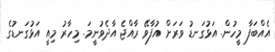
އެއްބަފާ މީހުން. އަޅުގަނޑު ވަރަށް އުފާވޭ ރާއްޖެ އާދެވުނީމަ. މިހާރު މިއީ އަޅުގަނޑުގެ